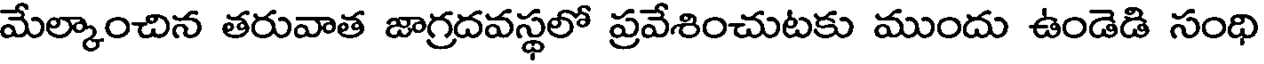
మేల్కాంచిన తరువాత జాగ్రదవస్థలో ప్రవేశించుటకు ముందు ఉండెడి సంధి